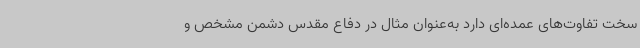
سخت تفاوت‌های عمده‌ای دارد به‌عنوان مثال در دفاع مقدس دشمن مشخص و